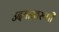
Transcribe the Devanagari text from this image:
उदयास्तरूपी